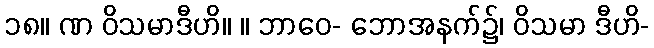
၁၈။ ဏ ဝိသမာဒီဟိ။ ။ ဘာဝေ- ဘောအနက်၌၊ ဝိသမာ ဒီဟိ-